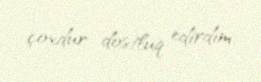
çoxdur dostluq edirdim.